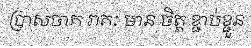
ប្រាសចាក រាគៈ មាន ចិត្ត ខ្ជាប់ខ្ជួន